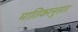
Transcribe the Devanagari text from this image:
मातिकानुसार